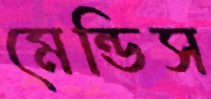
মেন্ডিস